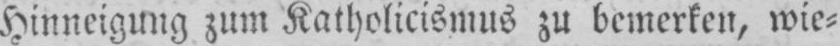
Hinneigung zum Kalholicismus zu bemerken, wie⸗